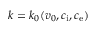
k = k _ { 0 } ( v _ { 0 } , c _ { \mathrm { i } } , c _ { \mathrm { e } } )